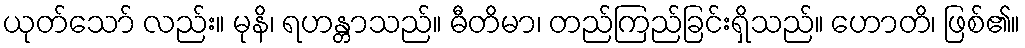
ယုတ်သော် လည်း။ မုနိ၊ ရဟန္တာသည်။ ဓီတိမာ၊ တည်ကြည်ခြင်းရှိသည်။ ဟောတိ၊ ဖြစ်၏။